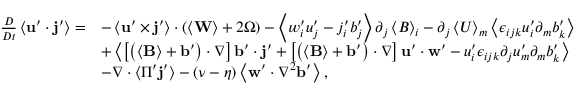
\begin{array} { r l } { \frac { D } { D t } \left\langle \mathbf { u } ^ { \prime } \cdot \mathbf { j } ^ { \prime } \right\rangle = } & { - \left\langle \mathbf { u } ^ { \prime } \times \mathbf { j } ^ { \prime } \right\rangle \cdot \left( \left\langle \mathbf { W } \right\rangle + 2 \boldsymbol { \Omega } \right) - \left\langle w _ { i } ^ { \prime } u _ { j } ^ { \prime } - j _ { i } ^ { \prime } b _ { j } ^ { \prime } \right\rangle \partial _ { j } \left\langle B \right\rangle _ { i } - \partial _ { j } \left\langle U \right\rangle _ { m } \left\langle \epsilon _ { i j k } u _ { i } ^ { \prime } \partial _ { m } b _ { k } ^ { \prime } \right\rangle } \\ & { + \left\langle \left[ \left( \left\langle \mathbf { B } \right\rangle + \mathbf { b } ^ { \prime } \right) \cdot \nabla \right] \mathbf { b } ^ { \prime } \cdot \mathbf { j } ^ { \prime } + \left[ \left( \left\langle \mathbf { B } \right\rangle + \mathbf { b } ^ { \prime } \right) \cdot \nabla \right] \mathbf { u } ^ { \prime } \cdot \mathbf { w } ^ { \prime } - u _ { i } ^ { \prime } \epsilon _ { i j k } \partial _ { j } u _ { m } ^ { \prime } \partial _ { m } b _ { k } ^ { \prime } \right\rangle } \\ & { - \nabla \cdot \left\langle \Pi ^ { \prime } \mathbf { j } ^ { \prime } \right\rangle - \left( \nu - \eta \right) \left\langle \mathbf { w } ^ { \prime } \cdot \nabla ^ { 2 } \mathbf { b } ^ { \prime } \right\rangle , } \end{array}